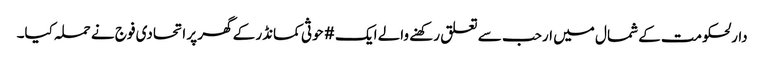
دارلحکومت کے شمال میں ارحب سے تعلق رکھنے والے ایک #حوثی کمانڈر کے گھر پر اتحادی فوج نے حملہ کیا۔